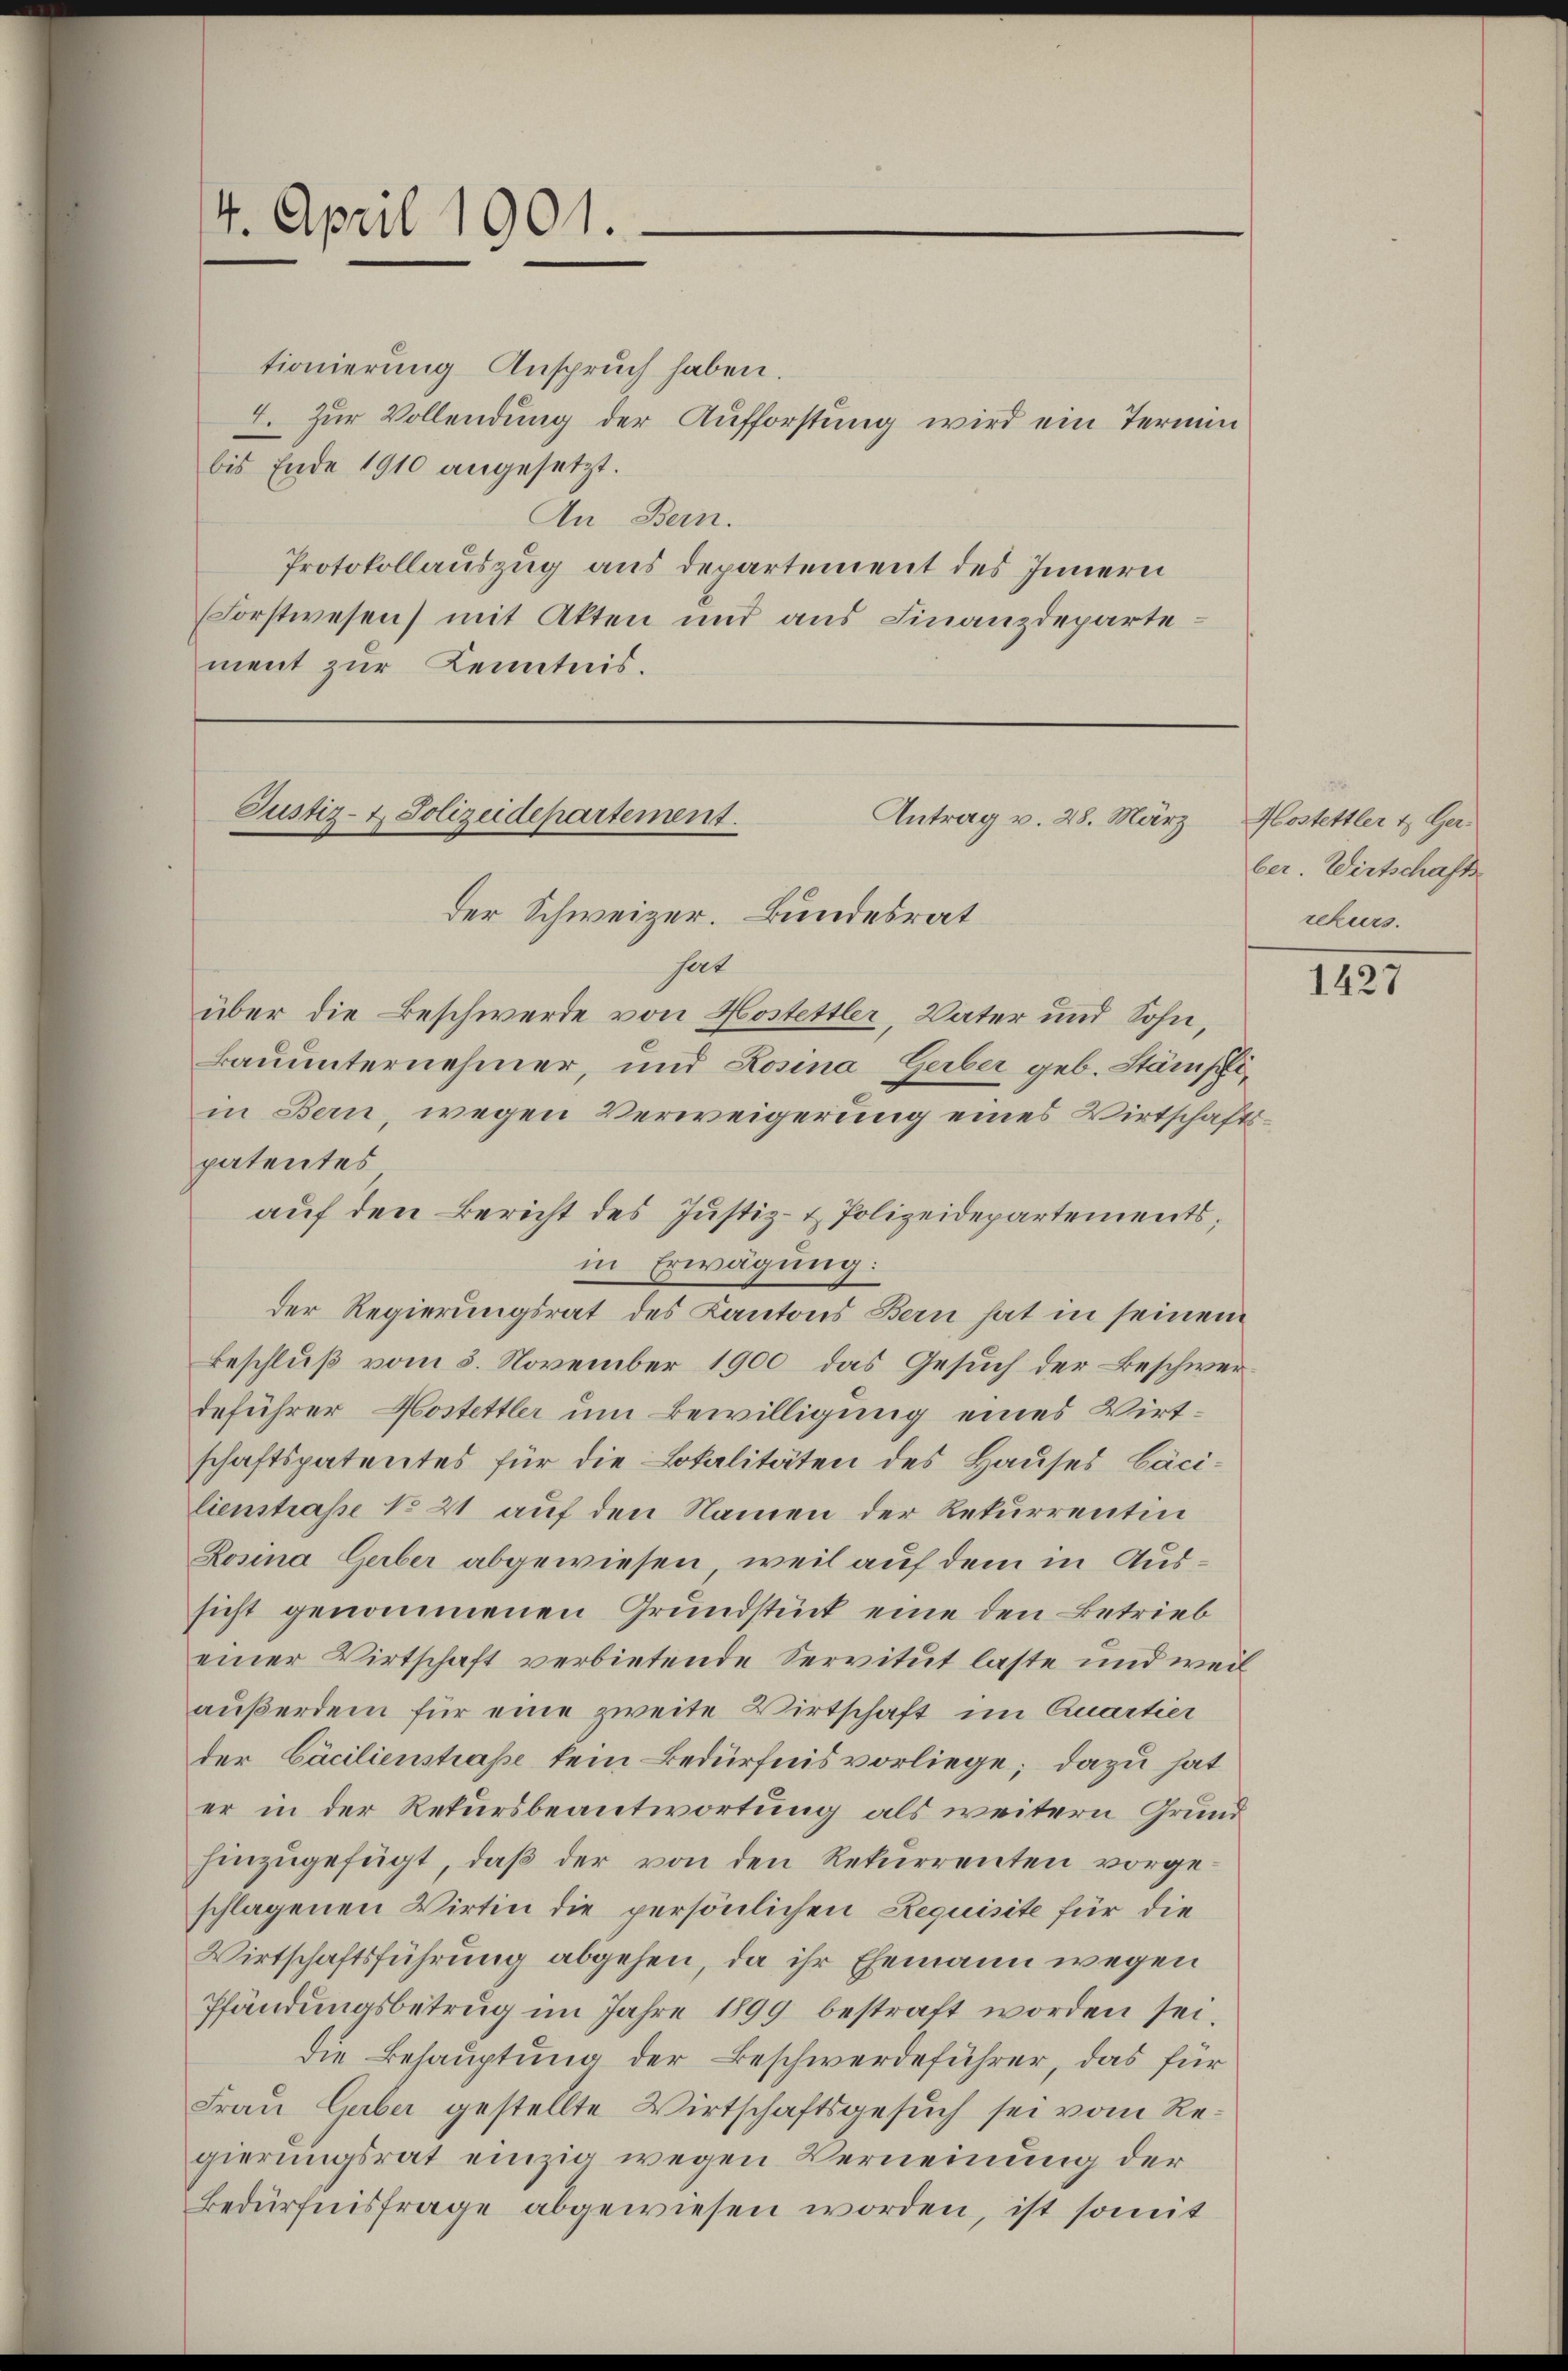
4. April 1901.
tionierung Anspruch haben.

Justiz- & Polizeidepartement.
Antrag v. 28. März
der Schweizer. Bundesrat

bis Ende 1910 angesetzt.
An Bern.
Protokollauszug aus departement des Innern
Forstwesen) mit Akten und aus Finanzdepartement zur Kenntnis.

auf den Bericht des Justiz- & Polizeidepartements,

4. Zur Vollendung der Aufforstung wird ein Termin

hat
über die Beschwerde von Hostettler, Vater und Sohn,
Bauunternehmer, und Rosina Gerber geb. Stämpfe
in Bern, wegen Verweigerung eines Wirtschafpatentes
in Erwägung:
der Regierungsrat des Kantons Bern hat in seinem
Beschluß vom 3. November 1900 das Gesuch der Beschwerdeführer Kostettler um Bewilligung eines Wirtschaftspatentes für die Lokalitäten des Hauses Cäcilienstraße No 21 auf den Namen der Rekurrentin
Rosina Gerber abgewiesen, weil auf dem in Aussicht genommenen Grundstück eine den Betrieb
einer Wirtschaft verbietende Servitut laste und weil
außerdem für eine zweite Wirtschaft im Quartier
der Cäcilienstraße kein Bedürfnis vorliege; dazu hat
er in der Rekursbeantwortung als weitern Grund
hinzugefügt, daß der von den Rekurrenten vorgeschlagenen Wirtin die persönlichen Requisite für die
Wirtschaftsführung abgehen, da ihr Ehemann wegen
Pfändungsbetrug im Jahre 1899 bestraft worden sei,
die Behauptung der Beschwerdeführer, das für
Frau Gaber gestellte Wirtschaftsgesuch sei vom Regierungsrat einzig wegen Verneinung der
Bedürfnisfrage abgewiesen worden, ist somit

Hostettler & Ger.
ber. Wirtschafts
rekurs.

g

1427